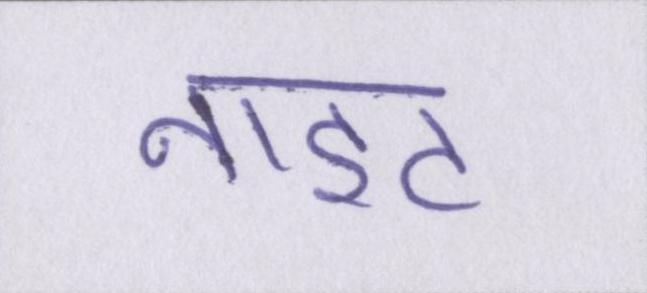
नाइट